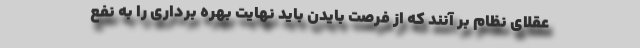
عقلای نظام بر آنند که از فرصت بایدن باید نهایت بهره برداری را به نفع